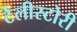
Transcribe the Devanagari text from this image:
टेलीस्टोरी